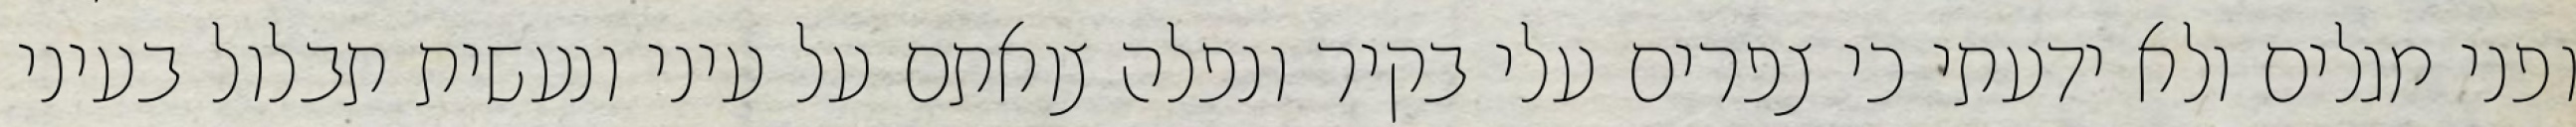
ופני מגלים ולא ידעתי כי צפרים עלי בקיר‏ ונפלה צואתם על עיני ונעשית תבלול בעיני